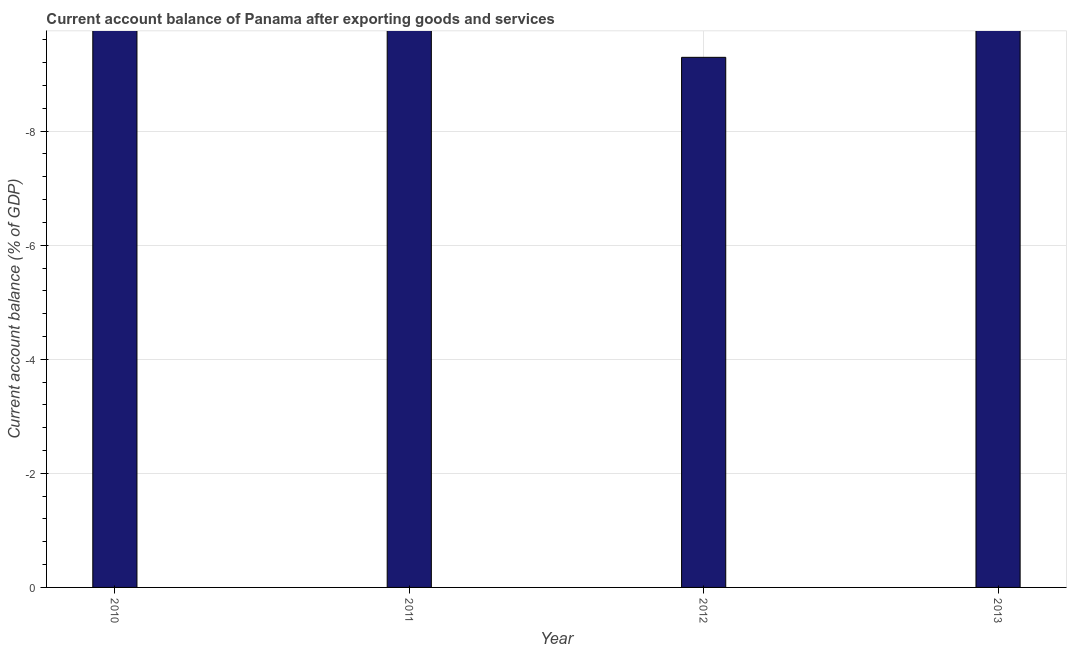
| Year | Current account balance |
 | --- | --- |
 | 2010 | -10.7 |
 | 2011 | -15.3 |
 | 2012 | -9.29 |
 | 2013 | -11.5 |